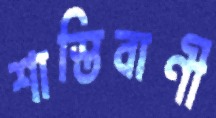
শাস্তিবাণী